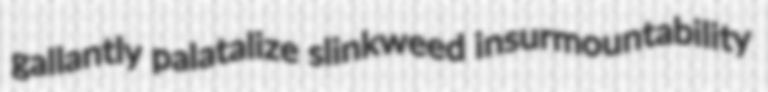
gallantly palatalize slinkweed insurmountability